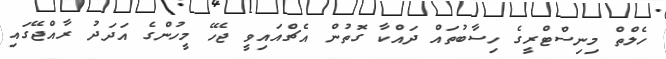
ހެލްތް މިނިސްޓްރީގެ ހިސާބުތައް ދައްކާ ގޮތުން އެޗްއައިވީ ޖެހޭ މީހުންގެ އަދަދު ރާއްޖޭގައި